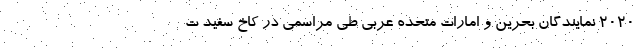
2020 نمایندگان بحرین و امارات متحده عربی طی مراسمی در کاخ سفید‌ ت